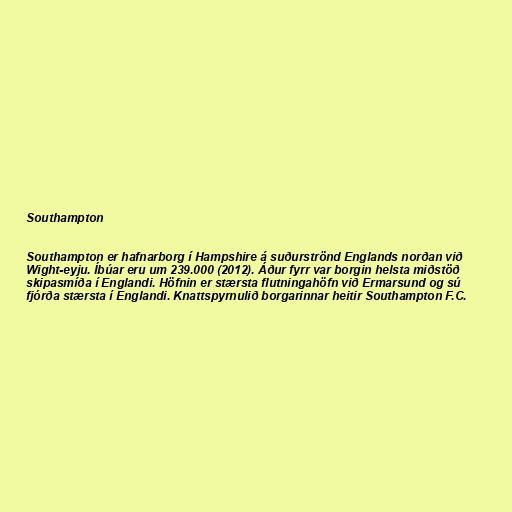
Southampton

Southampton er hafnarborg í Hampshire á suðurströnd Englands norðan við
Wight-eyju. Íbúar eru um 239.000 (2012). Áður fyrr var borgin helsta miðstöð
skipasmíða í Englandi. Höfnin er stærsta flutningahöfn við Ermarsund og sú
fjórða stærsta í Englandi. Knattspyrnulið borgarinnar heitir Southampton F.C.